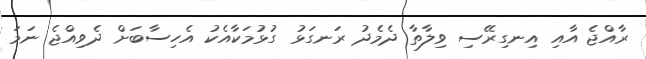
ރާއްޖެ އާއި އިނގިރޭސި ވިލާތާ ދެމެދު ރަނގަޅު ގުޅުމަކާއެކު އެހިސާބަށް ދެވިއްޖެ ނަމަ